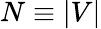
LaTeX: N\equiv|V|